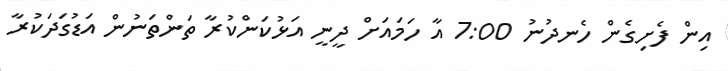
އިން ފެށިގެން ހެނދުނު 7:00 އާ ހަމައަށް ދީނީ އަޅުކަންކުރާ ތަންތަނުން އަޑުގަދަކުރާ